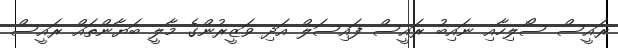
ރައީސް ސޯލިހާއި ނައިބު ރައީސް ފައިސަލް އަދި ވަޒީރުންގެ މާލީ ބަޔާންތައް ރައީސް